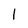
Character: 1